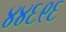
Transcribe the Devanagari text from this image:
४४६९६